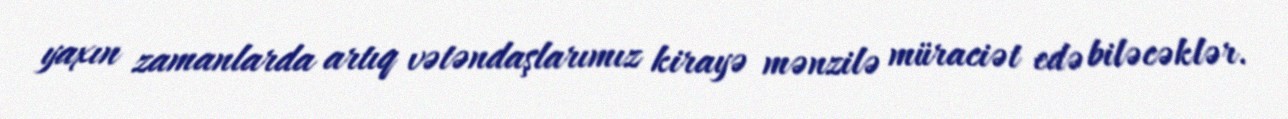
yaxın zamanlarda artıq vətəndaşlarımız kirayə mənzilə müraciət edə biləcəklər.